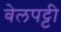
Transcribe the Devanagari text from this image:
वेलपट्टी